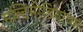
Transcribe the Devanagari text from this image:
मल्टिमीडियाच्या